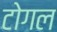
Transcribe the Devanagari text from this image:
टोगल